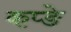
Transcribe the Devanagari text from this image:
कप्ङे